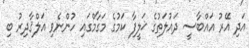
އަދި އޭރު އައްބާސީ ދައުލަތުގެ ޚަލީފާ ކަމުގެ މަގާމްގައި ހުންނެވި އަލްޤާދިރު ބި